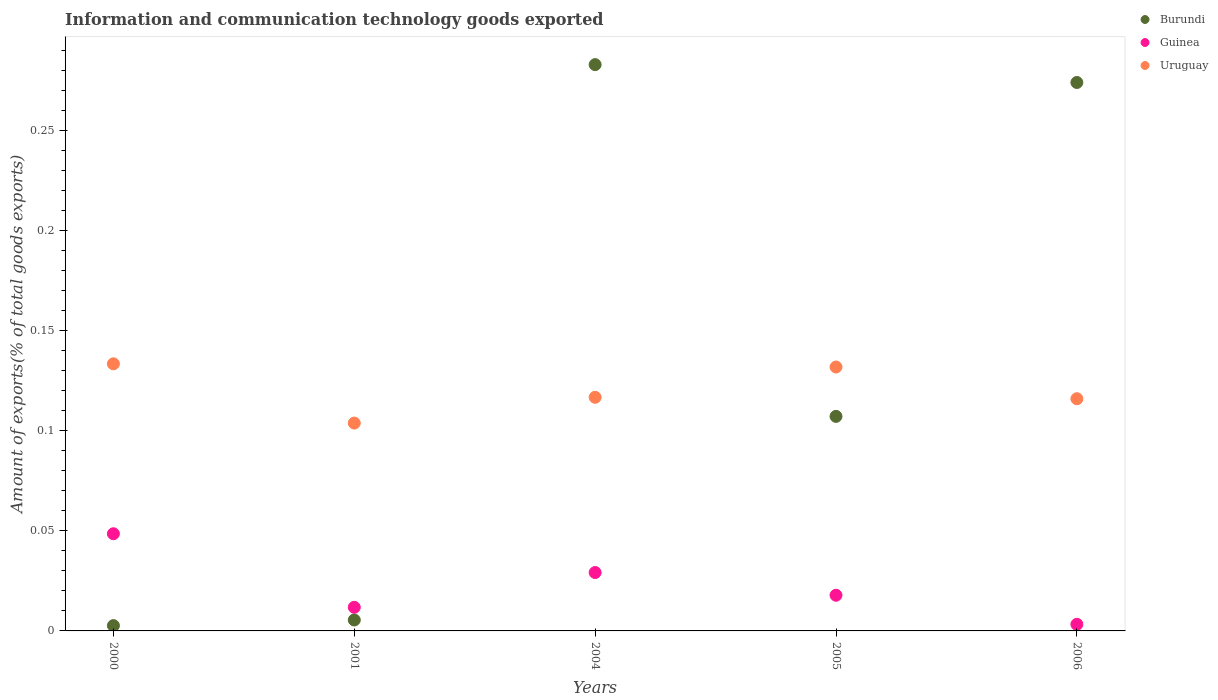
| Years | Burundi | Guinea | Uruguay |
 | --- | --- | --- | --- |
 | 2000 | 0.00265 | 0.0486 | 0.134 |
 | 2001 | 0.00547 | 0.0118 | 0.104 |
 | 2004 | 0.283 | 0.0292 | 0.117 |
 | 2005 | 0.107 | 0.0178 | 0.132 |
 | 2006 | 0.274 | 0.0033 | 0.116 |